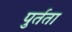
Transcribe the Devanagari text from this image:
पुर्तता